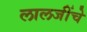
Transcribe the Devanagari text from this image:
लालजींचे